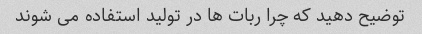
توضیح دهید که چرا ربات ها در تولید استفاده می شوند